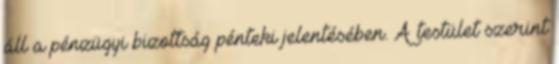
áll a pénzügyi bizottság pénteki jelentésében. A testület szerint